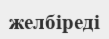
желбіреді